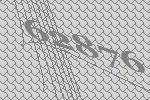
62876